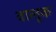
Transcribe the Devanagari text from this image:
वालूक